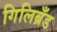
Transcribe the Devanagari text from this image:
गिलिब्रँड